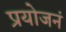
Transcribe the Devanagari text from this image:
प्रयोजनं